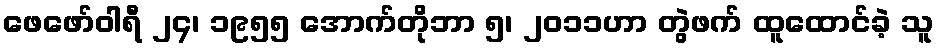
ဖေဖော်ဝါရီ ၂၄၊ ၁၉၅၅ အောက်တိုဘာ ၅၊ ၂၀၁၁ဟာ တွဲဖက် ထူထောင်ခဲ့ သူ